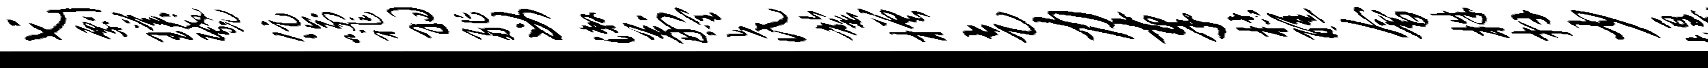
弋剽璞蹙促喻祚羽舴母漱荆润氏罄槎走力奉枯醺会株卉少堰丕